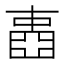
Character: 𡈋